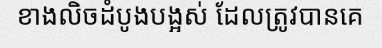
ខាងលិចដំបូងបង្អស់ ដែលត្រូវបានគេ